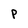
Character: p